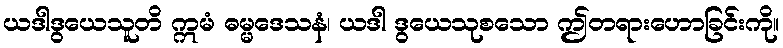
ယဒါဒွယေသူတိ ဣမံ ဓမ္မဒေသနံ၊ ယဒါ ဒွယေသုစသော ဤတရားဟောခြင်းကို။